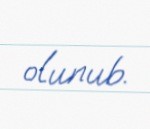
olunub.